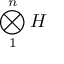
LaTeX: \bigotimes _ { 1 } ^ { n } H